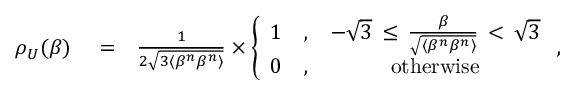
\begin{array} { r l r } { \rho _ { U } ( \beta ) } & { { } = } & { \frac { 1 } { 2 \sqrt { 3 \langle \beta ^ { n } \beta ^ { n } \rangle } } \times \left\{ \begin{array} { c c c } { 1 } & { , } & { - \sqrt { 3 } \, \le \, \frac { \beta } { \sqrt { \langle \beta ^ { n } \beta ^ { n } \rangle } } \, < \, \sqrt { 3 } } \\ { 0 } & { , } & { \mathrm { o t h e r w i s e } } \end{array} \right. , } \end{array}